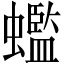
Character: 𧓦